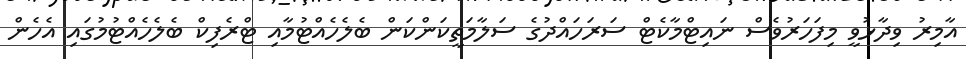
އާމިރު ވިދާޅުވީ މިފަހަރުވެސް ނައިޓްމާކެޓް ސަރަހައްދުގެ ސަލާމަތީކަންކަން ބެލެހެއްޓުމާއި ޓްރެފިކް ބެލެހެއްޓުމުގައި އެހެން